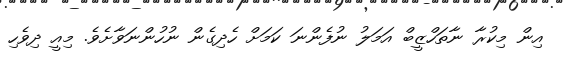
އިން މިކުރާ ނާތަހްޒީބް އަމަލު ނުފެންނަ ކަމަށް ހެދިގެން ނުހުންނަވާށެވެ. މިއީ ދިވެހި